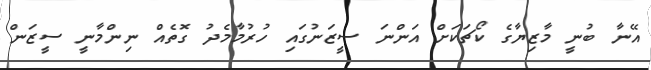
އޭނާ ބުނީ މާޒިޔާގެ ކޯޗަކަށް އަންނަ ސީޒަނުގައި ހުރުމާމެދު ގޮތެއް ނިންމާނީ ސީޒަން